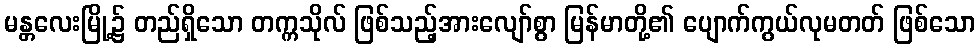
မန္တလေးမြို့၌ တည်ရှိသော တက္ကသိုလ် ဖြစ်သည့်အားလျော်စွာ မြန်မာတို့၏ ပျောက်ကွယ်လုမတတ် ဖြစ်သော